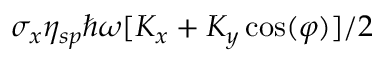
\sigma _ { x } \eta _ { s p } \hbar \omega [ K _ { x } + K _ { y } \cos ( \varphi ) ] / 2